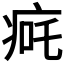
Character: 𬏨